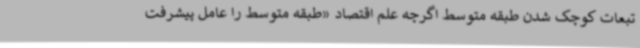
تبعات کوچک شدن طبقه متوسط اگرچه علم اقتصاد «طبقه متوسط را عامل پیشرفت